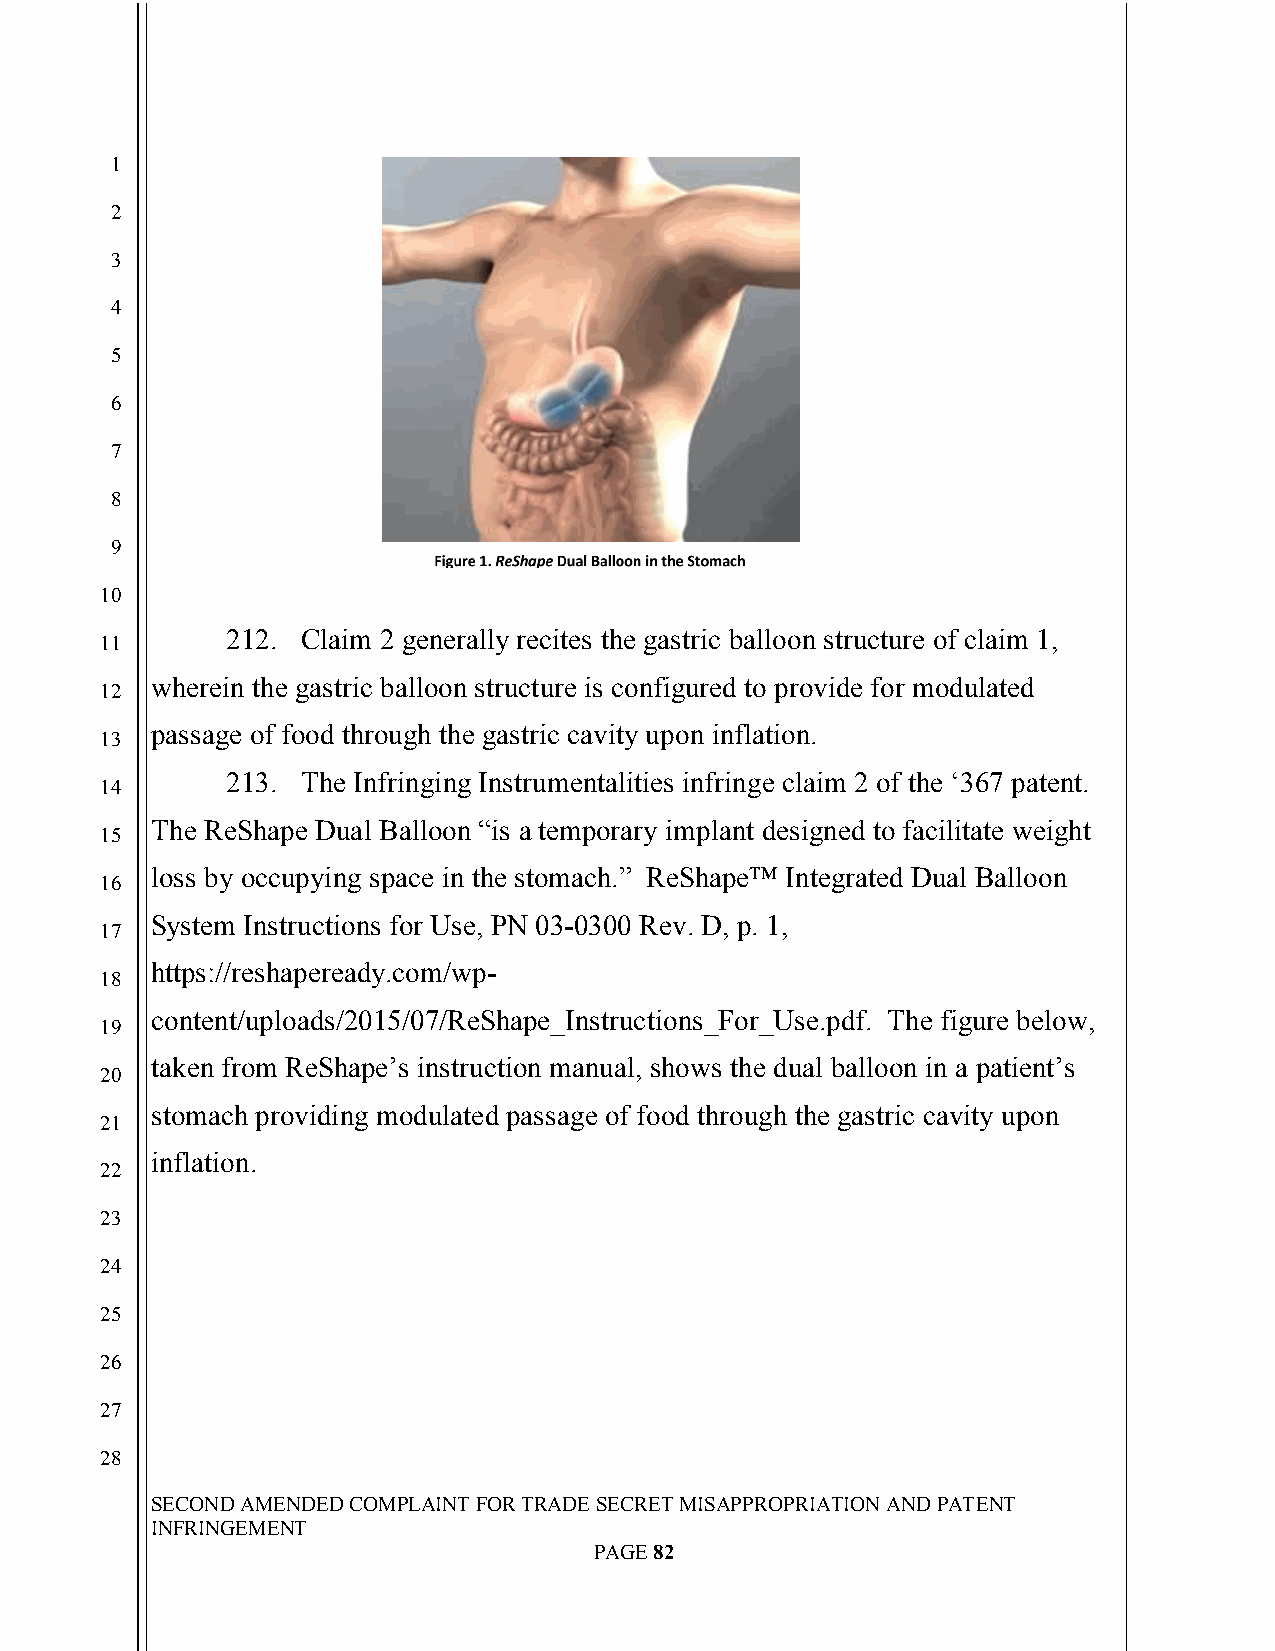
`
 1
 2
 3
 4
 5
 6
 7
 8
 9
 10
 212. Claim 2 generally recites the gastric balloon structure of claim 1,
 11
 wherein the gastric balloon structure is configured to provide for modulated
 12
 passage of food through the gastric cavity upon inflation.
 13
 213. The Infringing Instrumentalities infringe claim 2 of the ‘367 patent.
 14
 The ReShape Dual Balloon “is a temporary implant designed to facilitate weight
 15
 loss by occupying space in the stomach.” ReShape™ Integrated Dual Balloon
 16
 System Instructions for Use, PN 03-0300 Rev. D, p. 1,
 17
 https://reshapeready.com/wp-
 18
 content/uploads/2015/07/ReShape_Instructions_For_Use.pdf. The figure below,
 19
 taken from ReShape’s instruction manual, shows the dual balloon in a patient’s
 20
 stomach providing modulated passage of food through the gastric cavity upon
 21
 inflation.
 22
 23
 24
 25
 26
 27
 28
 SECOND AMENDED COMPLAINT FOR TRADE SECRET MISAPPROPRIATION AND PATENT
 INFRINGEMENT
 PAGE 82